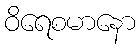
ဝိရေစမာနော